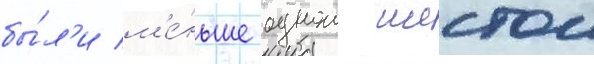
бы́л'и м'е́ньше однои шестои